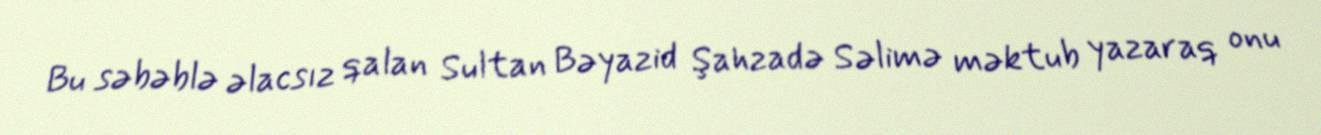
Bu səbəblə əlacsız qalan Sultan Bəyazid Şahzadə Səlimə məktub yazaraq onu